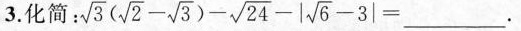
3.化简： $$: \sqrt { 3 } (\sqrt { 2 } - \sqrt{ 3 } )- \sqrt { 24 } - \sqrt { 6 }- \sqrt